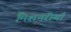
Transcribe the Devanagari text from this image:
मिशनरीयाँ